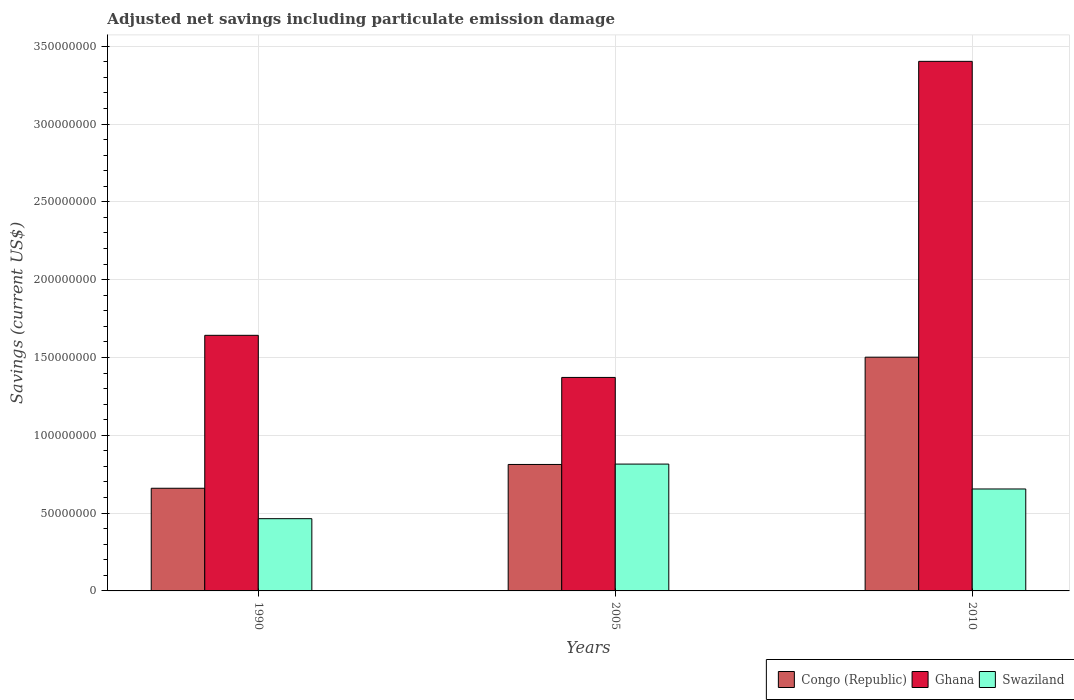
| Years | Congo (Republic) | Ghana | Swaziland |
 | --- | --- | --- | --- |
 | 1990 | 6.6e+07 | 1.64e+08 | 4.64e+07 |
 | 2005 | 8.13e+07 | 1.37e+08 | 8.15e+07 |
 | 2010 | 1.5e+08 | 3.4e+08 | 6.55e+07 |